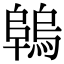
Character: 𨻑